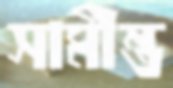
সামীন্ত